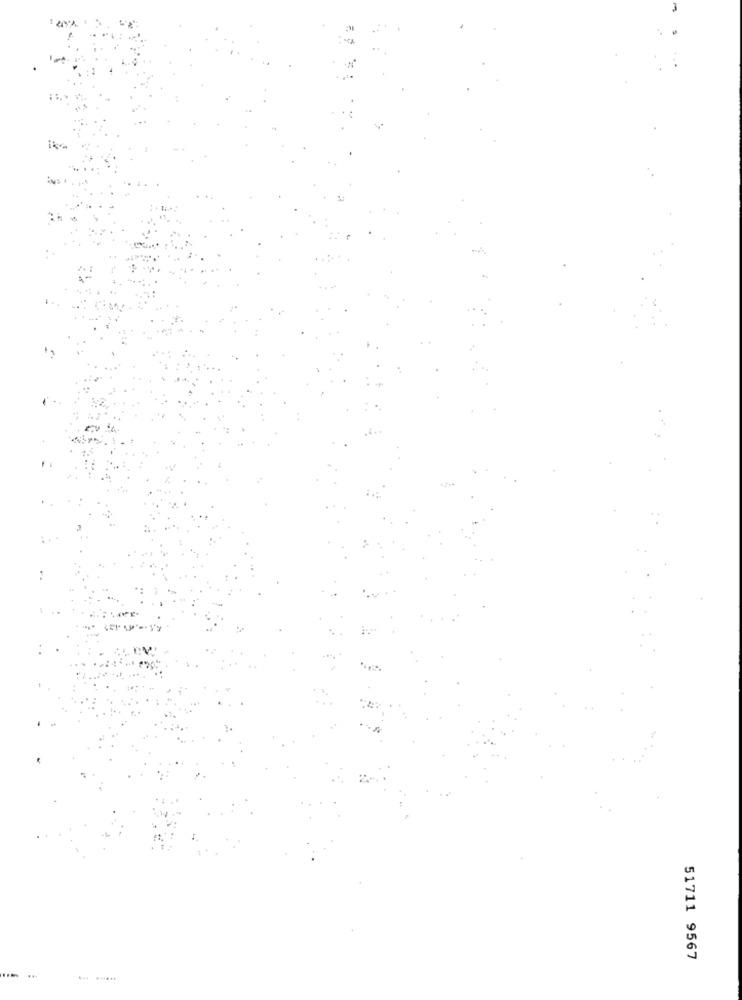
51711 9567